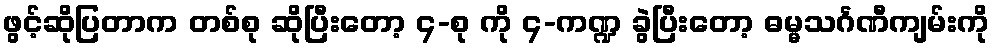
ဖွင့်ဆိုပြတာက တစ်စု ဆိုပြီးတော့ ၄-စု ကို ၄-ကဏ္ဍ ခွဲပြီးတော့ ဓမ္မသင်္ဂဏီကျမ်းကို